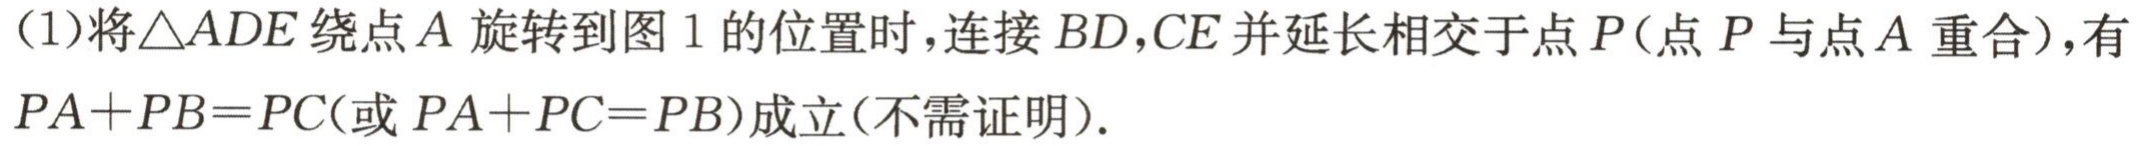
(1)将$\triangle ADE$绕点$A$旋转到图$1$的位置时，连接$BD,CE$并延长相交于点$P$（点$P$与点$A$重合），有$PA + PB = PC$（或$PA + PC = PB$）成立（不需证明）.